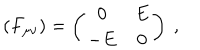
LaTeX: ( F _ { \mu \nu } ) = \left( \begin{array} { c c } { { 0 } } & { { E } } \\ { { - E } } & { { 0 } } \\ \end{array} \right) \ ,